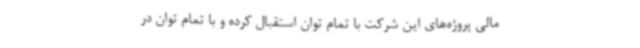
مالی پروژه‌های این شرکت با تمام توان استقبال کرده و با تمام توان در